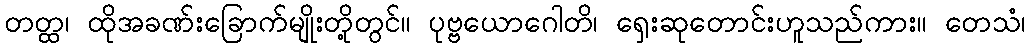
တတ္ထ၊ ထိုအခဏ်းခြောက်မျိုးတို့တွင်။ ပုဗ္ဗယောဂေါတိ၊ ရှေးဆုတောင်းဟူသည်ကား။ တေသံ၊